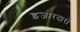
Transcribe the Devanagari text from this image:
इजारदारों